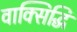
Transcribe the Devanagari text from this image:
वाक्सिद्धि